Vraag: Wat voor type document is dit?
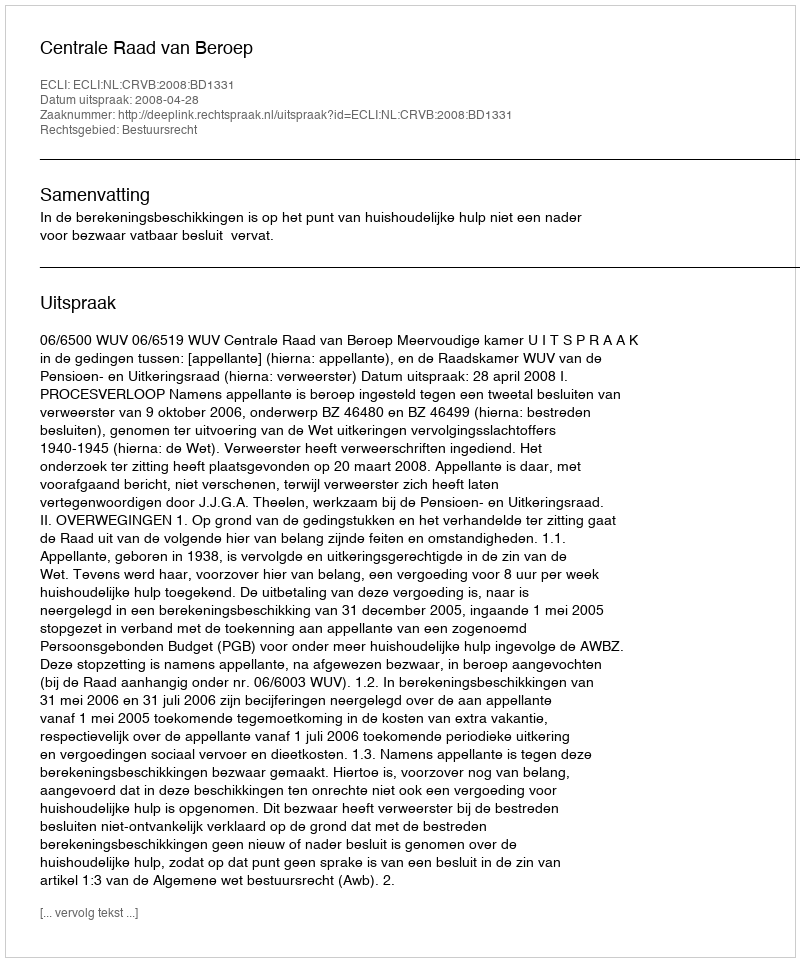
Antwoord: Uitspraak